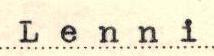
Lenni